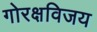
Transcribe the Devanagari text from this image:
गोरक्षविजय